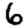
Digit: 6